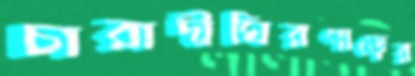
চারাদীঘিরপাড়ের